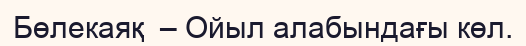
Бөлекаяқ  – Ойыл алабындағы көл.